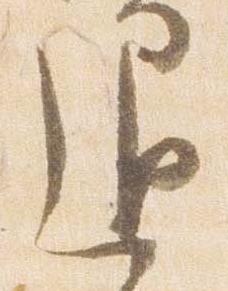
退